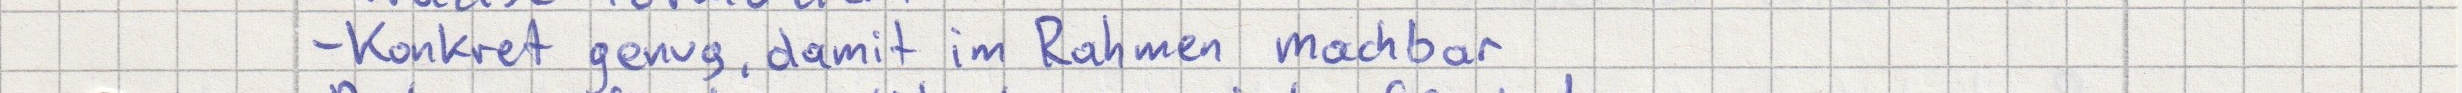
- Konkret genug, damit im Rahmen machbar